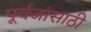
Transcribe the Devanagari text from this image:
पूर्वजांसाठी